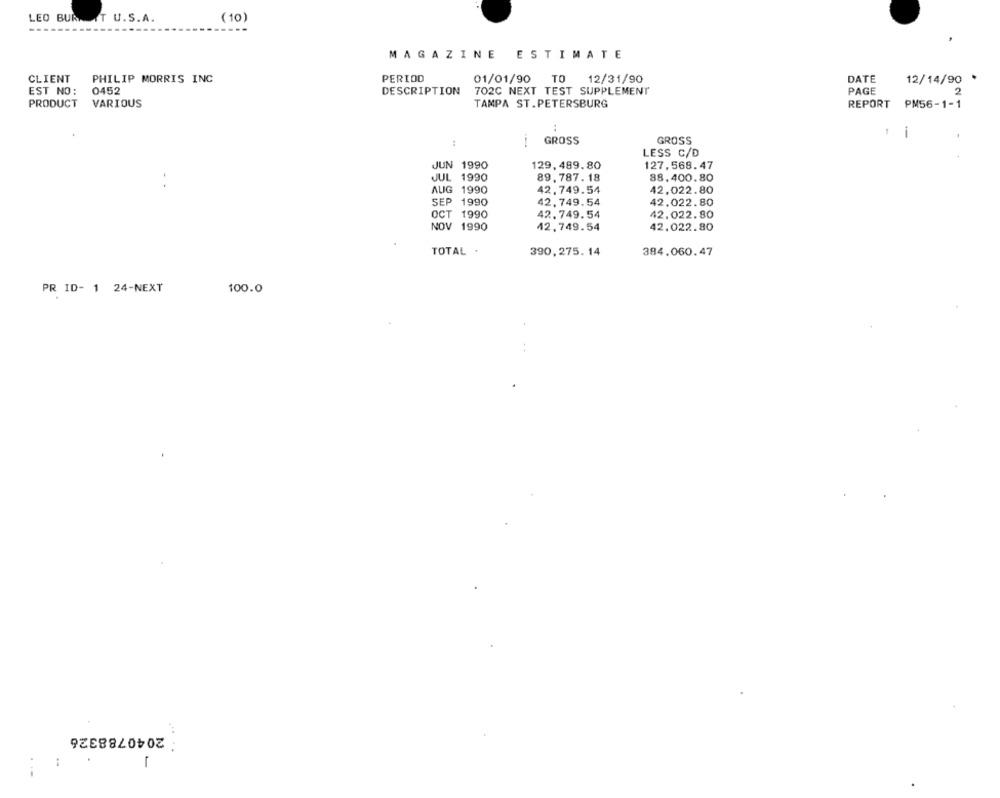
LEO BUR NT U.S.A.
( 10)
MAGAZINE ESTIMATE
CLIENT
PHILIP MORRIS INC
PERIOD
01/01/90 TO
12/31/90
DATE
12/14/90 +
EST NO:
0452
DESCRIPTION
702C NEXT TEST SUPPLEMENT
PAGE
PRODUCT
VARIOUS
TAMPA ST.PETERSBURG
REPORT
PM56-1-1
:
:
1
GROSS
GROSS
LESS C/D
JUN 1990
129, 489.80
127,568.47
JUL 1990
89.787. 18
88.400.80
AUG 1990
42.749.54
42,022.80
SEP 1990
42, 749.54
42.022.80
OCT 1990
42.749. 54
42.022.80
NOV 1990
42,749.54
42.022.80
TOTAL .
390,275. 14
384.060.47
PR ID- 1 24-NEXT
100.0
2040788326